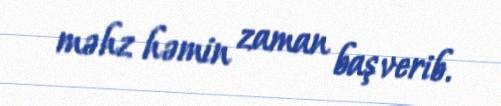
məhz həmin zaman baş verib.